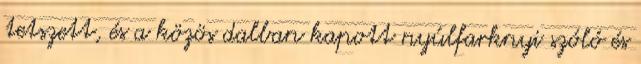
tetszett, és a közös dalban kapott nyúlfarknyi szóló és